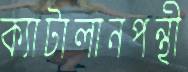
ক্যাটালানপন্থী